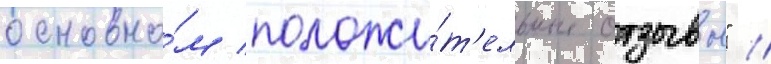
основно́м положи́т'ельные отзывы" //